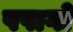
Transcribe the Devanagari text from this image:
पपागो